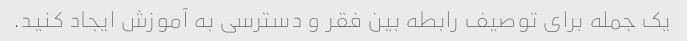
یک جمله برای توصیف رابطه بین فقر و دسترسی به آموزش ایجاد کنید.